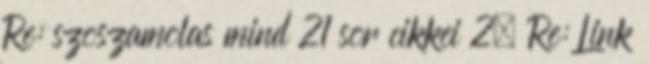
Re: szoszamolas mind 21 sor cikkei 2. Re: Link